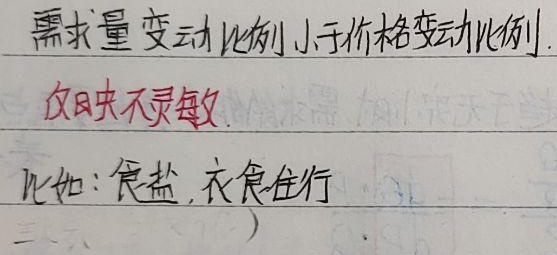
需求量变动比例小于价格变动比例，反映不灵敏。比如：食盐，衣食住行